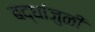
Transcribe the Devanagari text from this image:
बद्धांजुळी